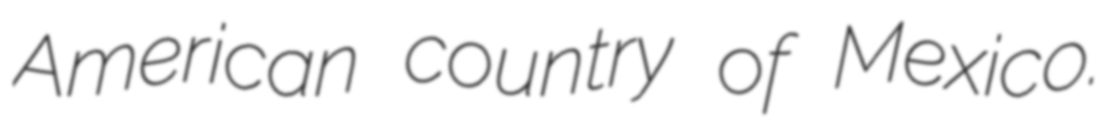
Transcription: American country of Mexico.